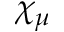
\chi _ { \mu }